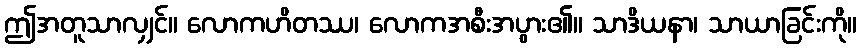
ဤအတူသာလျှင်။ လောကဟိတဿ၊ လောကအစီးအပွား၏။ သာဒိယနာ၊ သာယာခြင်းကို။